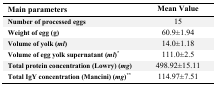
<table><thead><tr><td><b>Main parameters</b></td><td><b>Mean Value</b></td></tr></thead><tbody><tr><td><b>Number of processed eggs</b></td><td>15</td></tr><tr><td><b>Weight of egg (g)</b></td><td>60.9±1.94</td></tr><tr><td><b>Volume of yolk (<i>ml</i>)</b></td><td>14.0±1.18</td></tr><tr><td><b>Volume of egg yolk supernatant (<i>ml</i>)</b><sup>*</sup></td><td>111.0±2.5</td></tr><tr><td><b>Total protein concentration (Lowry) (<i>mg</i>)</b></td><td>498.92±15.11</td></tr><tr><td><b>Total IgY concentration (Mancini) (<i>mg</i>)</b><sup>**</sup></td><td>114.97±7.51</td></tr></tbody></table>